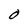
Character: O